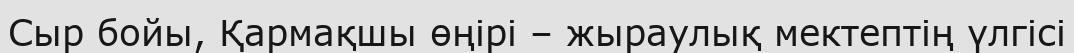
Сыр бойы, Қармақшы өңірі – жыраулық мектептің үлгісі